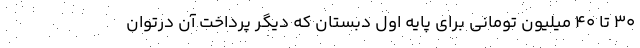
۳۰ تا ۴۰ میلیون تومانی برای پایه اول دبستان که دیگر پرداخت آن درتوان